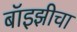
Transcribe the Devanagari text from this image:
बॉइझीचा